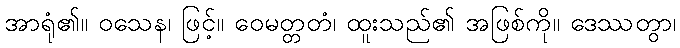
အာရုံ၏။ ဝသေန၊ ဖြင့်။ ဝေမတ္တတံ၊ ထူးသည်၏ အဖြစ်ကို။ ဒေဿတွာ၊